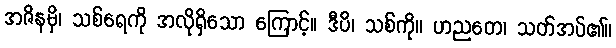
အဇိနမှိ၊ သစ်ရေကို အလိုရှိသော ကြောင့်။ ဒီပိ၊ သစ်ကို။ ဟညတေ၊ သတ်အပ်၏။